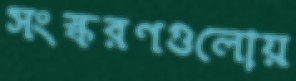
সংস্করণগুলোয়